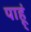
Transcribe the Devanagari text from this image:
पाहू्ं